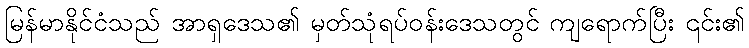
မြန်မာနိုင်ငံသည် အာရှဒေသ၏ မှတ်သုံရပ်ဝန်းဒေသတွင် ကျရောက်ပြီး ၎င်း၏